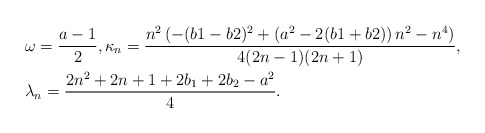
\begin{align*}&\omega=\frac{a-1}{2}, \kappa_n=\frac{n^2 \left(- (b1 - b2)^2+\left(a^2 - 2 (b1 + b2)\right) n^2 - n^4 \right)}{4 (2 n - 1) (2 n + 1)} ,\\&\lambda_n=\frac{2 n^2 + 2 n + 1+2b_1+2b_2-a^2}{4}.\end{align*}